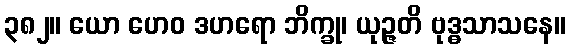
၃၈၂။ ယော ဟေဝ ဒဟရော ဘိက္ခု၊ ယုဉ္ဇတိ ဗုဒ္ဓသာသနေ။